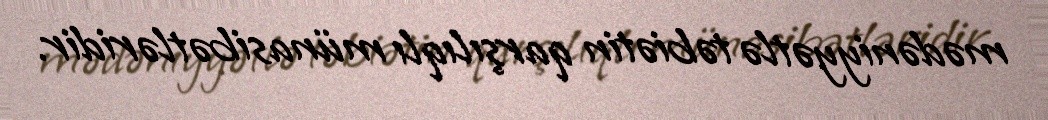
mədəniyyətlə təbiətin qarşılıqlı münasibətləridir.